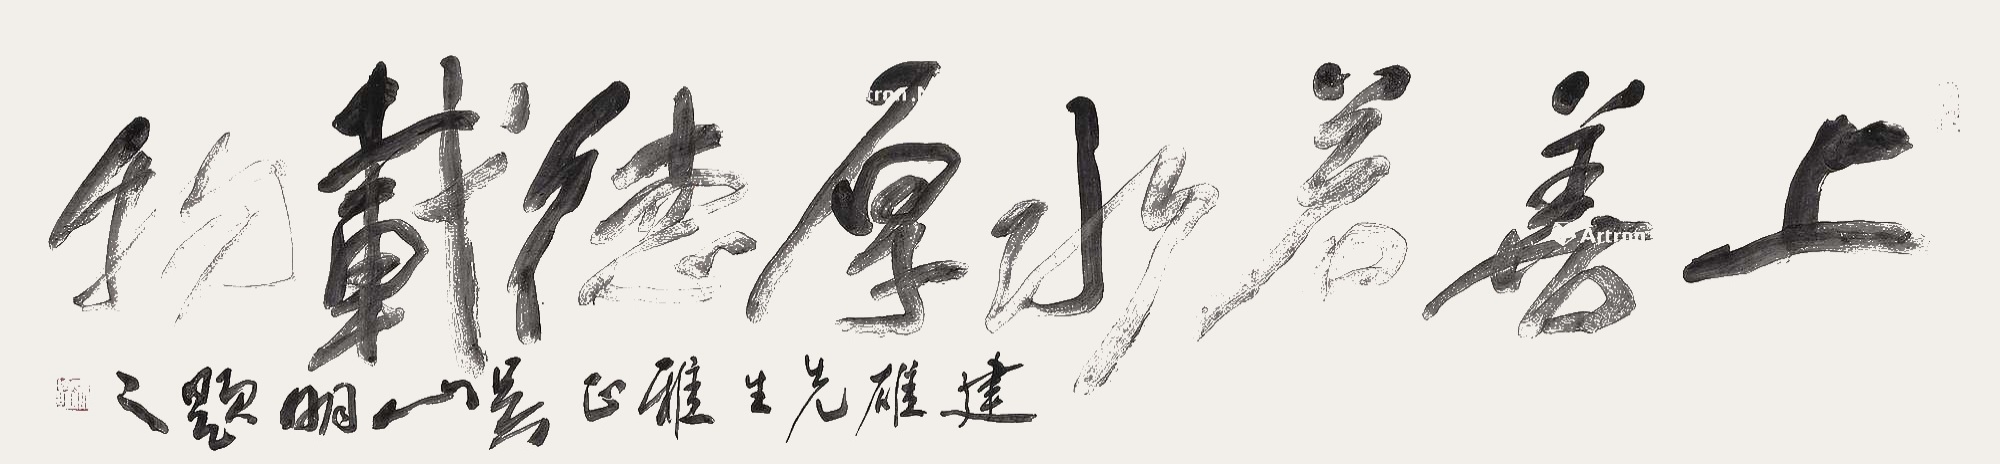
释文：上善若水、厚德载物建雄先生雅正，吴山明题之。